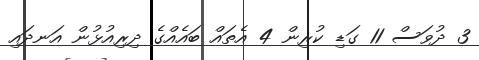
3 ދުވަސް 11 ގަޑި ކުރިން 4 އެތައް ބައެއްގެ ދިރިއުޅުން އަނދައި